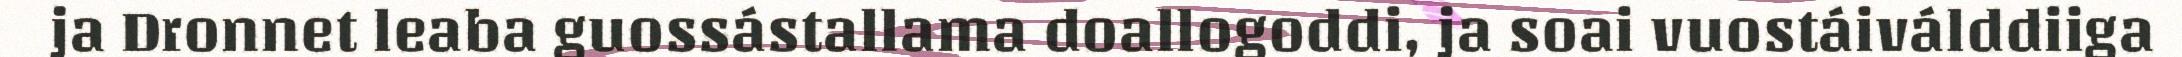
ja Dronnet leaba guossástallama doallogoddi, ja soai vuostáiválddiiga